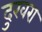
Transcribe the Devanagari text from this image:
दुखरा